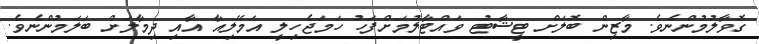
ގޮވާލުމުންނެވެ. މާޒިން ބޮލަށް ޓީޝާޓު ވައްޓާލުމަށްފަހު ހަމަޖެހިލީ އަމޭލިއާ އާއި ދިމާލަށް ބަލަމުންނެވެ.